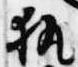
執